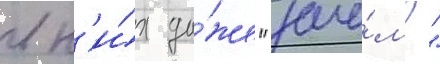
в н'и́х да́же "заче́м?"